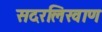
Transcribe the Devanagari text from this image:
सदरलिखाण